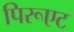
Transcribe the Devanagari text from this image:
पिरूएट